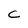
Character: C